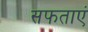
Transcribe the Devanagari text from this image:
सफताएं